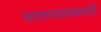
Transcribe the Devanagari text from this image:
यातायातवाली